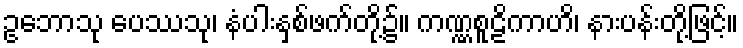
ဥဘောသု ပေဿသု၊ နံပါးနှစ်ဖက်တို့၌။ ကဏ္ဏစူဠိကာဟိ၊ နားပန်းတို့ဖြင့်။